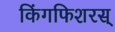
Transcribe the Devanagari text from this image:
किंगफिशरस्